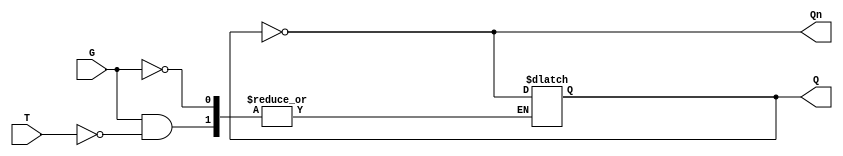
module GatedT_Latch (
    input wire T,      // Toggle Input
    input wire G,      // Gate Signal
    output reg Q,      // Output
    output wire Qn     // Complement of Output
);

    assign Qn = ~Q; // Complement of Q

    always @(*) begin
        if (G) begin
            if (T) begin
                Q <= ~Q; // Toggle the output
            end
            // If T is 0, do nothing; Q retains its current state
        end
        // If G is 0, do nothing; Q retains its current state
    end

endmodule